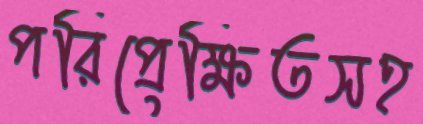
পরিপ্রেক্ষিতসহ